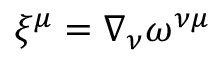
\xi ^ { \mu } = \nabla _ { \nu } \omega ^ { \nu \mu }